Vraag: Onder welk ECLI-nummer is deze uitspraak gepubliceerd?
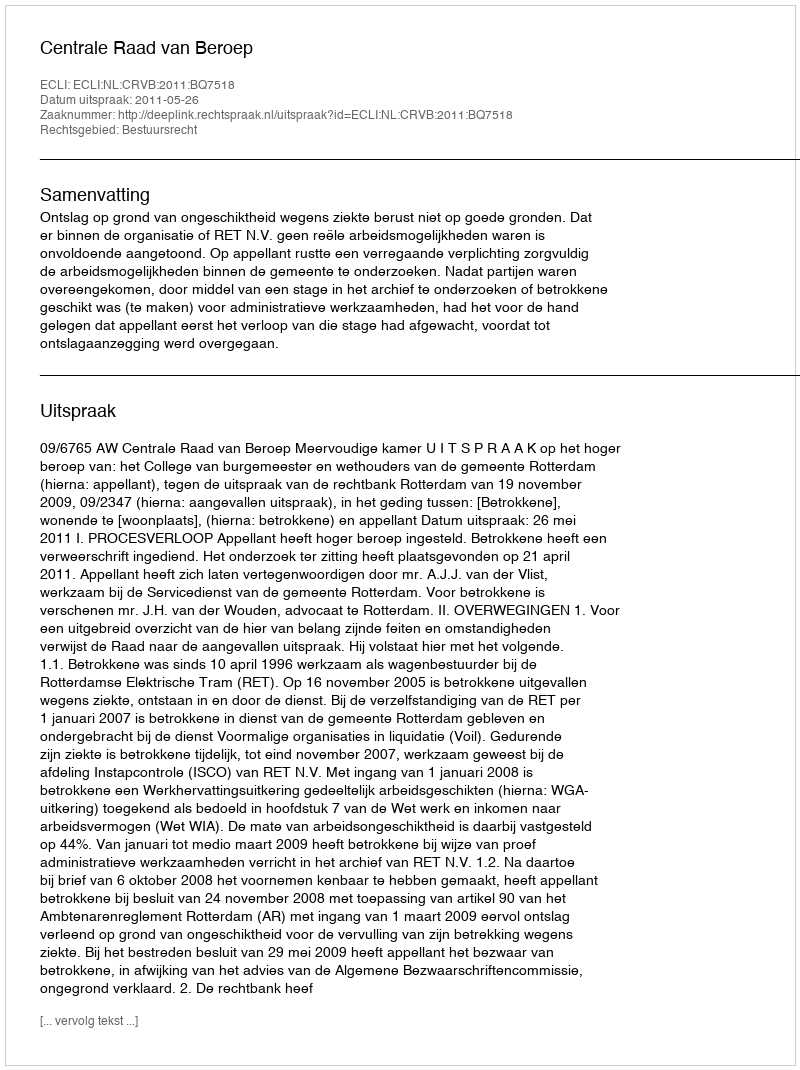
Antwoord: ECLI:NL:CRVB:2011:BQ7518